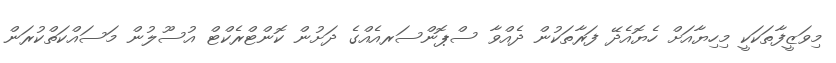
މިވަޒީފާތަކަކީ މިހިޔާއަށް ހެޔޮއެދޭ ފަރާތަކުން ދެއްވާ ސްޕޮންސަރއެއްގެ ދަށުން ކޮންޓްރެކްޓް އުސޫލުން މަސައްކަތްކުރަން